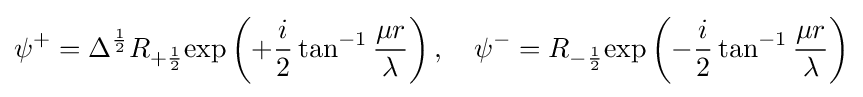
\psi ^{+}=\Delta ^{\frac {1}{2}}R_{+{\frac {1}{2}}}\mathrm {exp} \left(+{\frac {i}{2}}\tan ^{-1}{\frac {\mu r}{\lambda }}\right),\quad \psi ^{-}=R_{-{\frac {1}{2}}}\mathrm {exp} \left(-{\frac {i}{2}}\tan ^{-1}{\frac {\mu r}{\lambda }}\right)